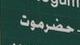
حضرموت